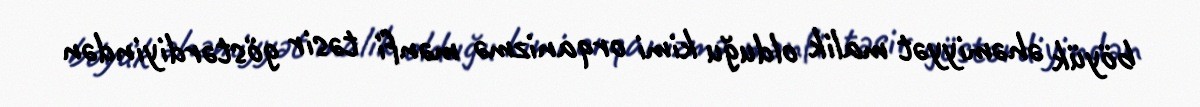
böyük əhəmiyyət malik olduğu kimi orqanizmə mənfi təsir göstərdiyindən